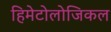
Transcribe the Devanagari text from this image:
हिमेटोलोजिकल